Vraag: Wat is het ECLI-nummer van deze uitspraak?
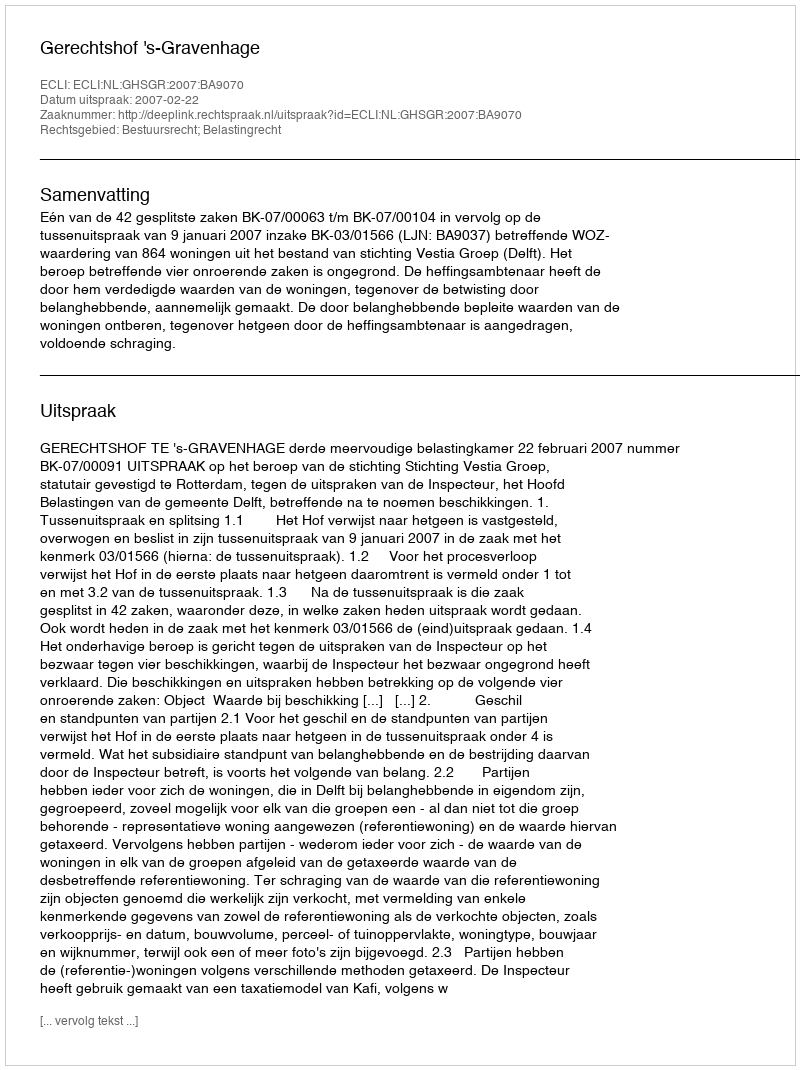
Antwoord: ECLI:NL:GHSGR:2007:BA9070